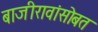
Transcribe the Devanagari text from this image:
बाजीरावांसोबत